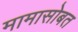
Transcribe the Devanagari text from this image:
मामासोबत